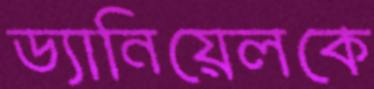
ড্যানিয়েলকে